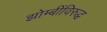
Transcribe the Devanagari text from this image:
झोम्बींविरुद्ध